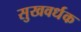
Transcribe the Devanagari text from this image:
सुखवर्धक